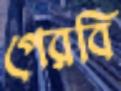
পেরবি